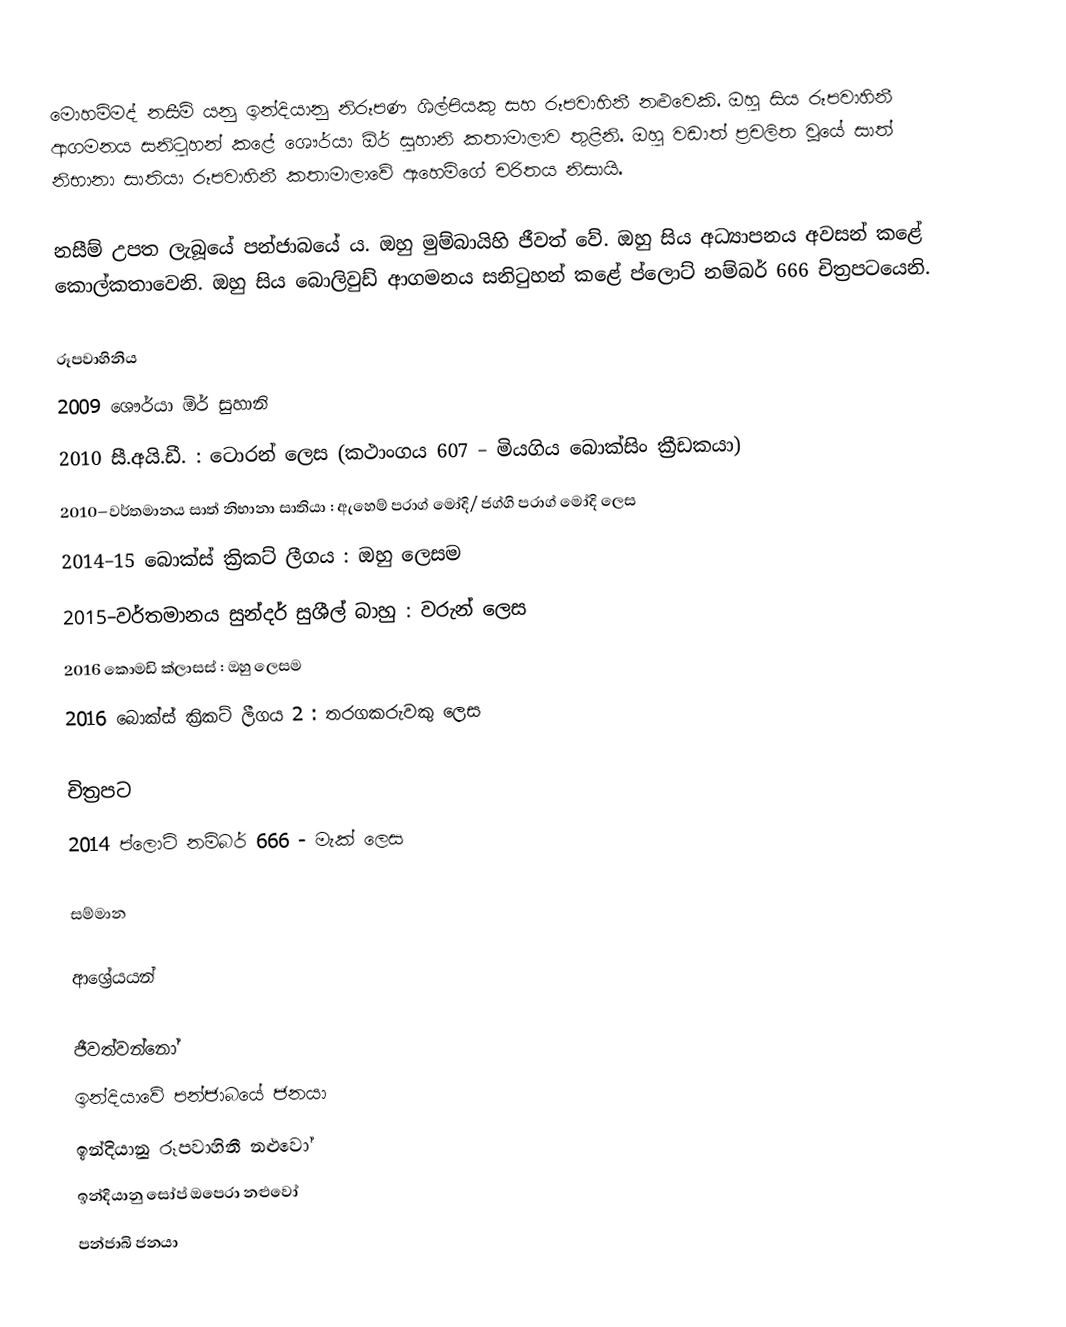
මොහම්මද් නසීම් යනු ඉන්දියානු නිරූපණ ශිල්පියකු සහ රූපවාහිනී නළුවෙකි. ඔහු සිය රූපවාහිනී ආගමනය සනිටුහන් කළේ ශෞර්යා ඕර් සුහානි කතාමාලාව තුළිනි. ඔහු වඩාත් ප්‍රචලිත වූයේ  සාත් නිභානා සාතියා රූපවාහිනී කතාමාලාවේ ඇහෙම්ගේ චරිතය නිසායි.

නසීම් උපත ලැබූයේ පන්ජාබයේ ය. ඔහු මුම්බායිහි ජීවත් වේ. ඔහු සිය අධ්‍යාපනය අවසන් කළේ කොල්කතාවෙනි. ඔහු සිය බොලිවුඩ් ආගමනය සනිටුහන් කළේ ප්ලොට් නම්බර් 666 චිත්‍රපටයෙනි.

රූපවාහිනිය
2009 ශෞර්යා ඕර් සුහානි
2010 සී.අයි.ඩී. : ටොරන් ලෙස (කථාංගය 607 – මියගිය බොක්සිං ක්‍රීඩකයා)
2010–වර්තමානය සාත් නිභානා සාතියා : ඇහෙම් පරාග් මෝදි/ ජග්ගි පරාග් මෝදි ලෙස
2014–15 බොක්ස් ක්‍රිකට් ලීගය : ඔහු ලෙසම
2015–වර්තමානය සුන්දර් සුශීල් බාහු : වරුන් ලෙස
2016 කොමඩි ක්ලාසස් : ඔහු ලෙසම
2016 බොක්ස් ක්‍රිකට් ලීගය 2 : තරගකරුවකු ලෙස

චිත්‍රපට
2014 ප්ලොට් නම්බර් 666 - මැක් ලෙස

සම්මාන

ආශ්‍රේයයන්

ජීවත්වන්නෝ
ඉන්දියාවේ පන්ජාබයේ ජනයා
ඉන්දියානු රූපවාහිනී නළුවෝ
ඉන්දියානු සෝප් ඔපෙරා නළුවෝ
පන්ජාබි ජනයා